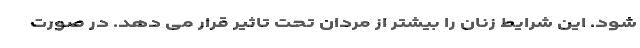
شود. این شرایط زنان را بیشتر از مردان تحت تاثیر قرار می دهد. در صورت